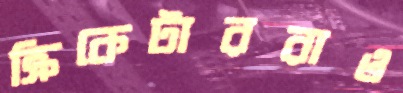
ক্রিকেটাররাও